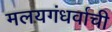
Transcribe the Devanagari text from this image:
मलयगंधर्वाची